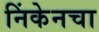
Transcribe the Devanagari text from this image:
निंकेनचा